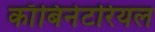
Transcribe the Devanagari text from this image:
काँबिनेटरियल